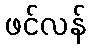
ဖင်လန်